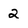
Character: 2